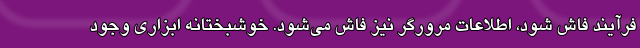
فرآیند فاش شود، اطلاعات مرورگر نیز فاش می‌شود. خوشبختانه ابزاری وجود